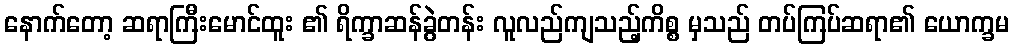
နောက်တော့ ဆရာကြီးမောင်ထူး ၏ ရိက္ခာဆန်ခွဲတန်း လူလည်ကျသည့်ကိစ္စ မှသည် တပ်ကြပ်ဆရာ၏ ယောက္ခမ